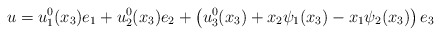
\begin{align*} u=u_{1}^{0}(x_{3})e_{1}+u_{2}^{0}(x_{3})e_{2}+\left(u_{3}^{0}(x_{3})+x_{2}\psi_1(x_{3})-x_{1}\psi_2(x_{3})\right)e_{3} \end{align*}